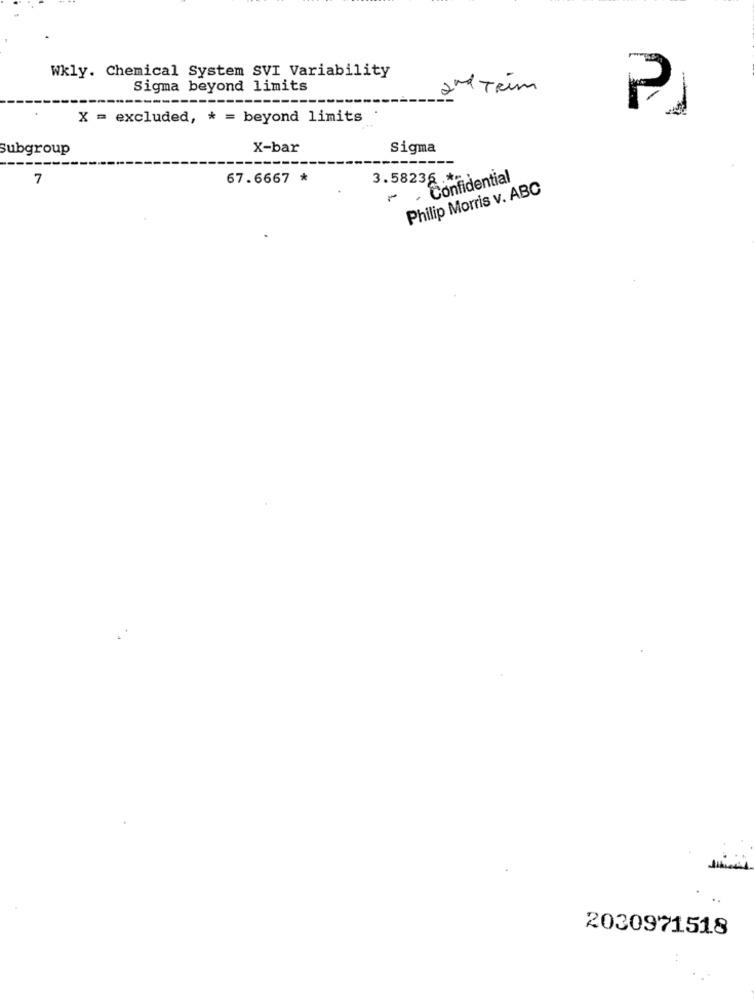
Wkly. Chemical System SVI Variability
Sigma beyond limits
2nd Trim
X = excluded, * = beyond limits
subgroup
X-bar
Sigma
7
67.6667 *
3.58236 ...
Confidential
Philip Morris v. ABC
2030971518